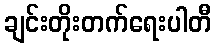
ချင်းတိုးတက်ရေးပါတီ